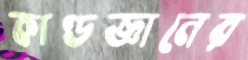
কাণ্ডজ্ঞানের